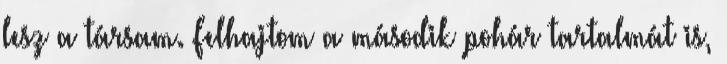
lesz a társam. Felhajtom a második pohár tartalmát is,